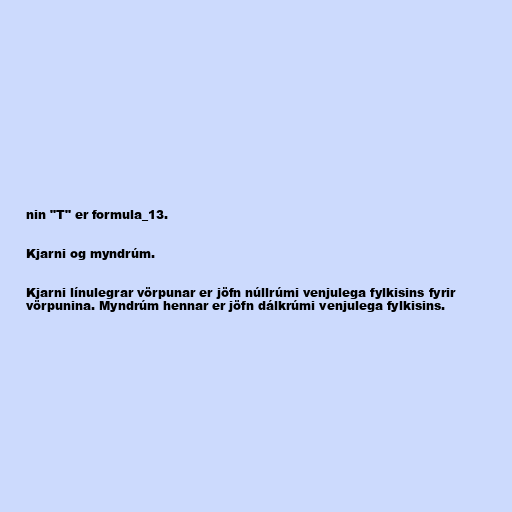
nin "T" er formula_13.

Kjarni og myndrúm.

Kjarni línulegrar vörpunar er jöfn núllrúmi venjulega fylkisins fyrir
vörpunina. Myndrúm hennar er jöfn dálkrúmi venjulega fylkisins.